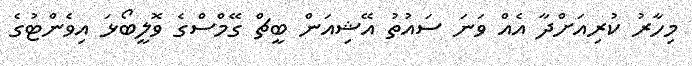
މިހާރު ކުރިއަށްދާ އެއް ވަނަ ސައުތު އޭޝިއަން ބީޗް ގޭމްސްގެ ވޮލީބޯޅަ އިވެންޓުގެ